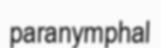
paranymphal